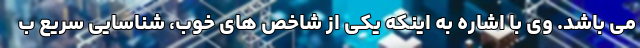
می باشد. وی با اشاره به اینکه یکی از شاخص های خوب، شناسایی سریع ب